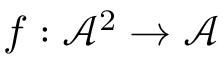
f : { \mathcal { A } } ^ { 2 } \rightarrow { \mathcal { A } }